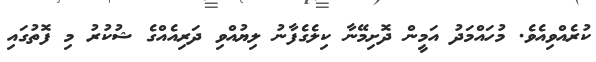
ކުރެއްވިއެވެ. މުހައްމަދު އަމީން ދޮށިމޭނާ ކިލެގެފާނު ލިޔުއްވި ދަރިއެއްގެ ޝުކުރު މި ފޮތުގައި